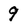
Character: 9